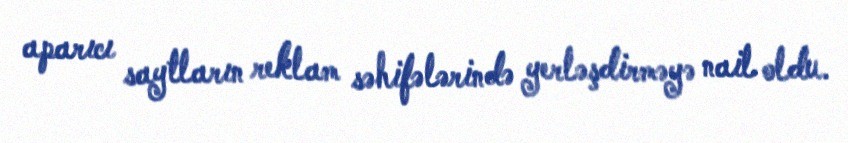
aparıcı saytların reklam səhifələrində yerləşdirməyə nail oldu.